Annual report of the Bengal Veterinary College and of the Civil Veterinary Department, Bengal, for the year 1920-21 - 1920-1921
Year: 1920
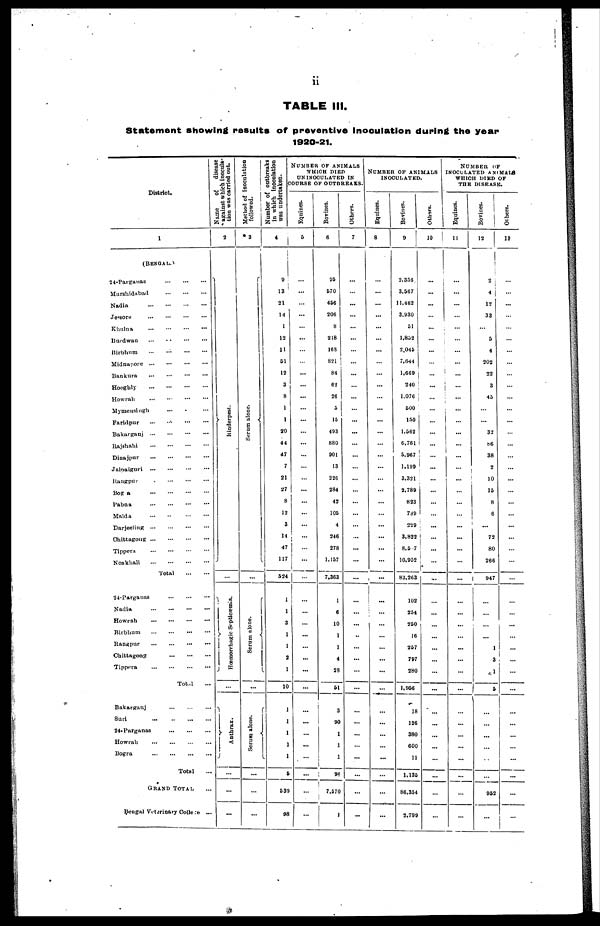
ii
TABLE III.
Statement showing results of preventive inoculation during the year
1920-21.
District.
(BENGAL.)
24-Parganas ... ... ...
Murshidabad
...
...
...
Nadia
...
...
...
...
Jessore
...
...
...
...
Khulna ... ... ... ...
Burdwan
...
...
...
...
Birbhum ... ... ... ...
Midnapore ... ... ... ...
Bankura ... ... ... ...
Hooghly
...
...
...
...
Howrah
...
...
...
...
Mymensingh ... ... ...
Faridpur
...
...
...
...
Bakarganj
...
...
...
...
Rajshahi
...
...
...
...
Dinajpur ... ... ... ...
Jalpaiguri
...
...
...
...
Rangpur
...
...
...
...
Bogga
...
...
...
...
Pabna
...
...
...
...
Malda
...
...
...
...
Darjeeling
...
...
...
...
Chittagong
...
...
...
...
Tippera
...
...
...
...
Noakhali
...
...
...
...
Total
...
...
24-Parganas
...
...
...
Nadia
...
...
...
...
Howrah
...
...
...
...
Birbhum
...
...
...
...
Rangpur
...
...
...
...
Chittagong
...
...
...
Tippera
...
...
...
...
Total ...
Bakarganj
...
...
...
Suri
...
...
...
...
24-Parganas
...
...
...
Howrah
...
...
...
...
Bogra
...
...
...
...
Total ...
GRAND
TOTAL ...
Bengal Veterinary College ...
against which inocula-
tion was carried out.
2
Rinderpest.
...
Hæmorrhagic Septicæmia.
...
Anthrax.
...
...
...
Method of inoculation
followed.
3
Serum alone.
...
Serum alone.
...
Serum alone.
...
...
...
Number of outbreaks
in which Inoculation
was undertaken.
4
9i
13
21
14
1
12
11
51
12
3
8
1
1
20
44
47
7
21
27
8
12
3
14
47
117
524
1
1
3
1
1
2
1
10
1
1
1
1
1
5
539
98
NUMBER OF ANIMALS
WHICH DIED
UN INOCULATED IN
COURSE OF OUTBREAKS.
Equines.
5
...
...
...
...
...
...
...
...
...
...
...
...
...
...
...
...
...
...
...
...
...
...
...
...
...
...
...
...
...
...
...
...
...
...
...
...
...
...
...
...
...
...
Bovines.
6
95
570
456
206
8
218
163
821
84
62
26
5
15
493
880
901
13
226
284
42
105
4
246
278
1,157
7.363
1
6
10
1
1
4
28
51
3
90
1
1
1
96
7,570
...
Others.
7
......
...
...
...
...
...
...
...
...
...
...
...
...
...
...
...
...
...
...
...
...
...
...
...
...
...
...
...
...
...
...
...
...
...
...
...
...
...
...
...
...
...
NUMBER OF ANIMALS
INOCULATED.
Equines.
8
...
...
...
...
...
...
...
...
...
...
...
...
...
...
...
...
...
...
...
...
...
...
...
...
...
...
...
...
...
...
...
...
...
...
...
...
...
...
...
...
...
...
Bovines.
9
2,356
3,567
11,462
3,930
51
1,852
2,045
7,644
1,669
240
1,076
500
150
1,562
6,761
5,967
1,199
3,321
2,789
823
789
229
3,822
8,517
10,952
83,263
102
254
250
16
257
797
280
1,956
18
126
380
600
11
1,135
86,354
2,799
Others.
10
...
...
...
...
...
...
...
...
...
...
...
...
...
...
...
...
...
...
...
...
...
...
...
...
...
...
...
...
...
...
...
...
...
...
...
...
...
...
...
...
...
NUMBER OF
INOCULATED ANIMALS
WHICH DIED OF
THE DISEASE.
Equities.
11
...
...
...
...
...
...
...
...
...
...
...
...
...
...
...
...
...
...
...
...
...
...
...
...
...
...
...
...
...
...
...
...
...
...
...
...
...
...
...
...
...
...
Bovines.
12
2
4
12
33
...
5
4
202
22
3
45
...
...
32
86
38
2
10
15
8
6
72
80
266
947
...
...
...
...
1
3
1
5
...
...
...
...
...
...
952
...
Others.
13
...
...
...
...
...
...
...
...
...
...
...
...
...
...
...
...
...
...
...
...
...
...
...
...
...
...
...
...
...
...
...
...
...
...
...
...
...
...
...
...
...